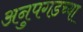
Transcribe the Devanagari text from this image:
अनुपगडच्या